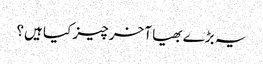
یہ بڑے بھیا آخر چیز کیا ہیں؟